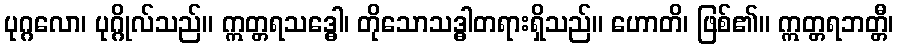
ပုဂ္ဂလော၊ ပုဂ္ဂိုလ်သည်။ ဣတ္တရသဒ္ဓေါ၊ တိုသောသဒ္ဓါတရားရှိသည်။ ဟောတိ၊ ဖြစ်၏။ ဣတ္တရဘတ္တီ၊